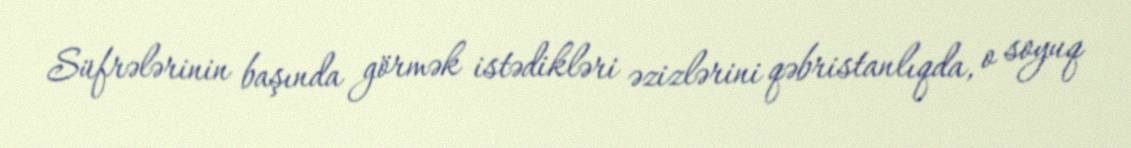
Süfrələrinin başında görmək istədikləri əzizlərini qəbristanlıqda, o soyuq